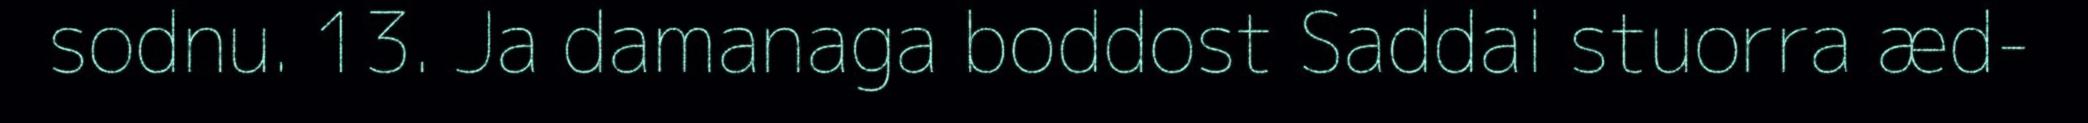
sodnu. 13. Ja damanaga boddost Saddai stuorra æd-